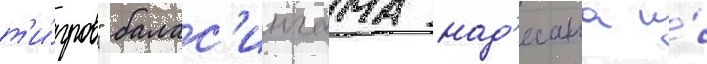
т'и́гров" балас'ингама над'есана и́